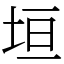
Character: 垣